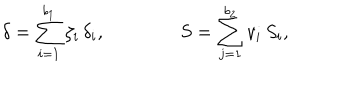
\delta = \sum _ { i = 1 } ^ { b _ { 1 } } \zeta _ { i } \, \delta _ { i } , \qquad \qquad S = \sum _ { j = 1 } ^ { b _ { 2 } } v _ { i } \, S _ { i } ,